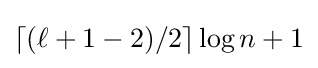
\lceil {(\ell +1-2)/{2}}\rceil \log n+1